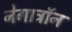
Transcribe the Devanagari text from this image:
नेगाट्रॉन